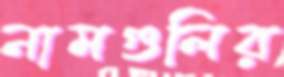
নামগুলির